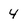
Character: 4